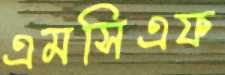
এমসিএফ